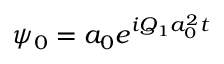
\psi _ { 0 } = a _ { 0 } e ^ { i Q _ { 1 } a _ { 0 } ^ { 2 } t }